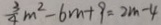
\frac { 3 } { 4 } m ^ { 2 } - 6 m + 9 = 2 m - 4